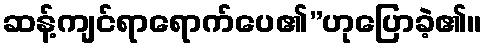
ဆန့်ကျင်ရာရောက်ပေ၏”ဟုပြောခဲ့၏။